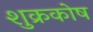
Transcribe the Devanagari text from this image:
शुक्रकोष